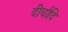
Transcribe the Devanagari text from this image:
दीर्घादि